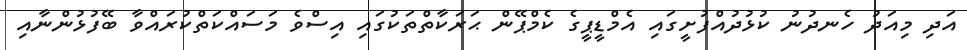
އަދި މިއަދު ހެނދުނު ކުޅުދުއްފުށީގައި އެމްޑީޕީގެ ކެމްޕޭން ޙަރަކާތްތަކުގައި އިސްވެ މަސައްކަތްކުރައްވާ ބޭފުޅުންނާއި